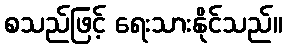
စသည်ဖြင့် ရေးသားနိုင်သည်။